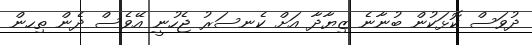
ދުވަސް ކޮޅަކުން ބުނާނެ ޒިޔާދާ އަށް ކެނސަރު ޖެހުނީ އޭވެސް ދެން ތިހން